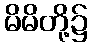
မိမိတို့၌